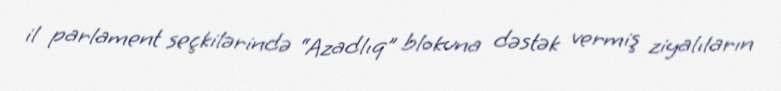
il parlament seçkilərində “Azadlıq” blokuna dəstək vermiş ziyalıların